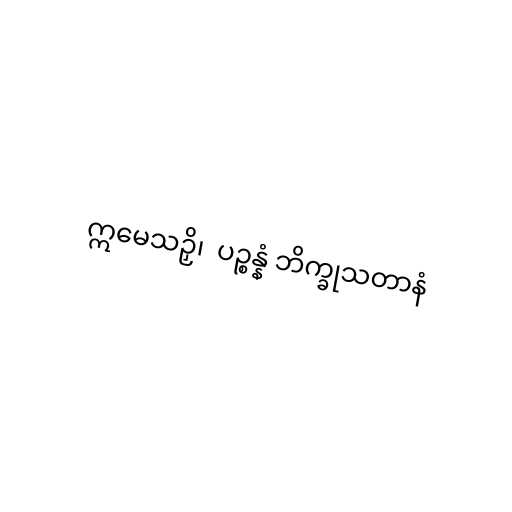
ဣမေသဉှိ၊  ပဉ္စန္နံ ဘိက္ခုသတာနံ